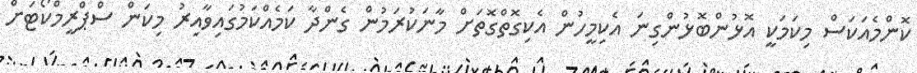
ކޮންމެއަކަސް މިކަމަކީ އޮޅުންބޮޅުންގިނަ އެކިމީހުން އެކިގޮތްގޮތަށް މާނަކުރަމުން ގެންދާ ކަމެއްކަމުގައިވާއިރު މިކަން ސްޕްރީމްކޯޓަށް